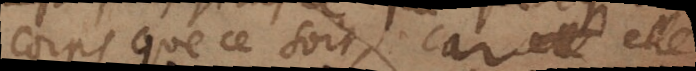
corps que ce soit, car elle